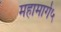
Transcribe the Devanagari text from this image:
महामार्ग५